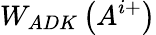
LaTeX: W_{ADK}\left(A^{i+}\right)